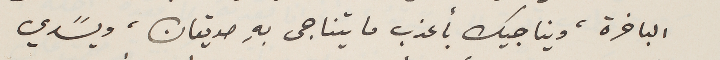
الباخرة، ويناجيك بأعذب ما يتناجى بهِ صديقان، ويسًدي